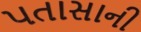
પતાસાની